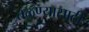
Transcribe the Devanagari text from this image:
तळ्ण्यासाठी